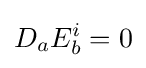
D_{a}E_{b}^{i}=0